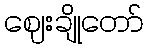
ဈေးချိုတော်